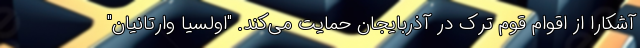
آشکارا از اقوام قوم ترک در آذربایجان حمایت می‌کند. "اولسیا وارتانیان"